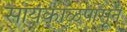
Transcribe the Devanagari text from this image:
सायंकाळपासून